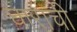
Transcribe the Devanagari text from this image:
घाराची